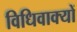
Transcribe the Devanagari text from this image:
विधिवाक्यों